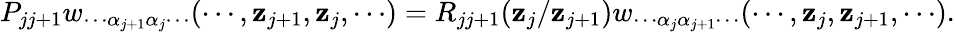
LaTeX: P_{jj+1}w_{\cdots\alpha_{j+1}\alpha_{j}\cdots}(\cdots,\mathbf{z}_{j+1},\mathbf{z}_{j},\cdots)=R_{jj+1}(\mathbf{z}_{j}/\mathbf{z}_{j+1})w_{\cdots\alpha_{j}\alpha_{j+1}\cdots}(\cdots,\mathbf{z}_{j},\mathbf{z}_{j+1},\cdots).